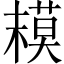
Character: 𱤒